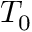
T _ { 0 }